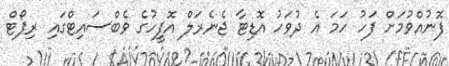
ފޮނުއްވުމަށް ފަހު ހަމަ އެ ދުވަހު އޮޑިޓާ ޖެނެރަލް އޮފީހުގެ ވެބްސައިޓްގައި ރިޕޯޓް